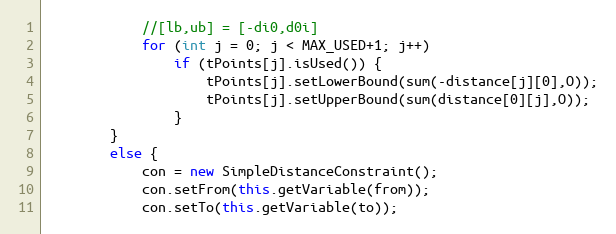
Language: Java
			//[lb,ub] = [-di0,d0i]
			for (int j = 0; j < MAX_USED+1; j++)
				if (tPoints[j].isUsed()) {
					tPoints[j].setLowerBound(sum(-distance[j][0],O));
					tPoints[j].setUpperBound(sum(distance[0][j],O));
				}
		}
		else {
			con = new SimpleDistanceConstraint();
			con.setFrom(this.getVariable(from));
			con.setTo(this.getVariable(to));